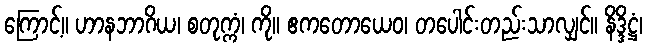
ကြောင့်။ ဟာနဘာဂိယ၊ စတုက္ကံ၊ ကို။ ဧကတောယေဝ၊ တပေါင်းတည်းသာလျှင်။ နိဒ္ဒိဋ္ဌံ၊